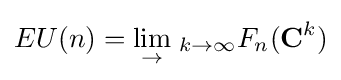
EU(n)={\lim _{\to }}\;_{k\to \infty }F_{n}(\mathbf {C} ^{k})